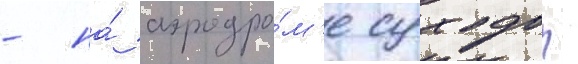
- на́ аэродро́м'е суходол